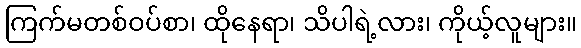
ကြက်မတစ်ဝပ်စာ၊ ထိုနေရာ၊ သိပါရဲ့လား၊ ကိုယ့်လူများ။